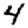
Digit: 4